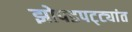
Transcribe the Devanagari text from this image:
झोपडपट्ट्यांत